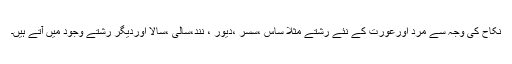
نکاح کی وجہ سے مرد اورعورت کے نئے رشتے مثلا ساس ،سسر ،دیور ، نند،سالی ،سالا اوردیگر رشتے وجود میں آتے ہیں۔